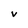
Character: v